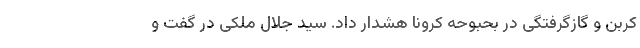
کربن و گازگرفتگی در بحبوحه کرونا هشدار داد. سید جلال ملکی در گفت و